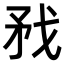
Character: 𢦧